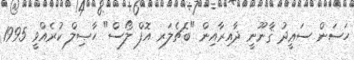
ހަސަން ސަޢީދު ޤާނޫނީ ދާއިރާއިން "ބެޗެލަރ އޮފް ލޯސް" ޙާޞިލް ކުރެއްވީ 1995